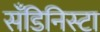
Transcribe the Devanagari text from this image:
सँडिनिस्टा